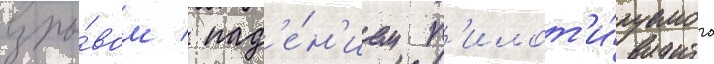
взры́вом / пад'е́н'ием п'илот'и́руемого